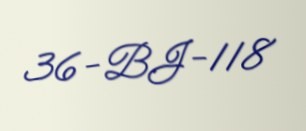
36-BJ-118